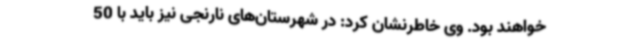
خواهند بود. وی خاطرنشان کرد: در شهرستان‌های نارنجی نیز باید با 50